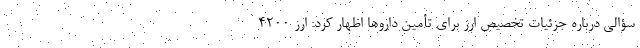
سؤالی درباره جزئیات تخصیص ارز برای تأمین داروها اظهار کرد: ارز 4200